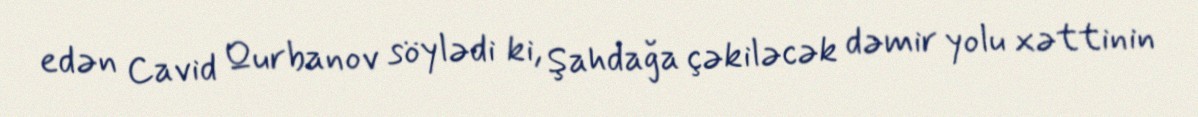
edən Cavid Qurbanov söylədi ki, Şahdağa çəkiləcək dəmir yolu xəttinin